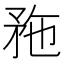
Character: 𥍢